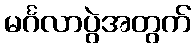
မင်္ဂလာပွဲအတွက်